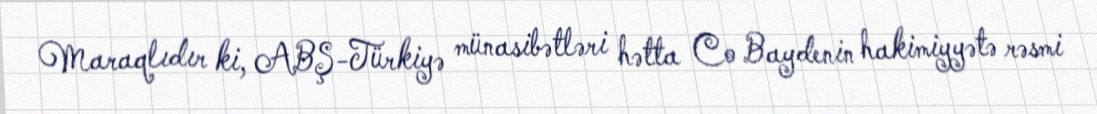
Maraqlıdır ki, ABŞ-Türkiyə münasibətləri hətta Co Baydenin hakimiyyətə rəsmi